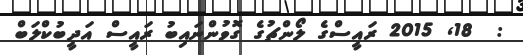
:  18